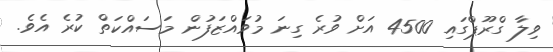
ވިލާ ގްރޫޕްގައި 4500 އަށް ވުރެ ގިނަ މުވައްޒަފުން މަސައްކަތް ކުރެ އެވެ.